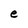
Character: e